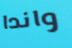
واندا